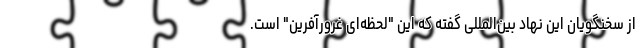
از سخنگویان این نهاد بین‌المللی گفته که این "لحظه‌ای غرورآفرین" است.